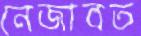
নেজাবত